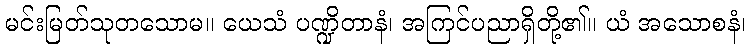
မင်းမြတ်သုတသောမ။ ယေသံ ပဏ္ဍိတာနံ၊ အကြင်ပညာရှိတို့၏။ ယံ အသောစနံ၊